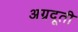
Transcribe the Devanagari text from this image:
अग्रदूती